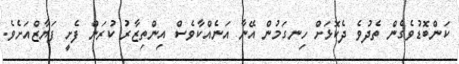
ކަންބޮޑުވެގެން ތެދުވެ ދެކޮޅަށް ހިނގަމުން އޭނާ އަނެއްކާވެސް އިންތިޒާރު ކުރަން ފެށީ ފަޔާޒްއަށެވެ.